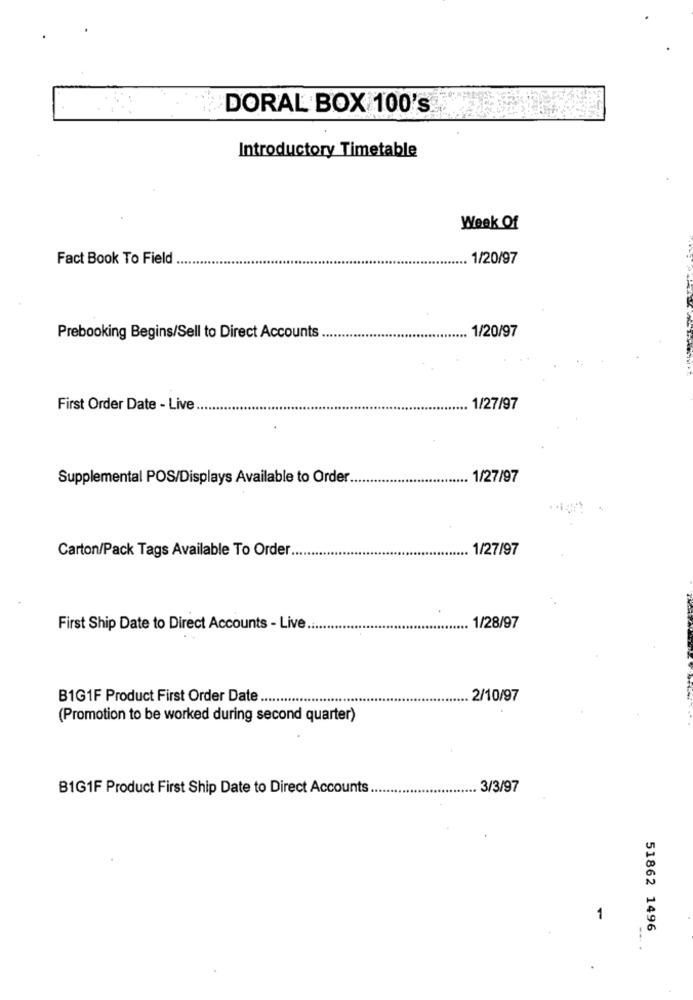
DORAL BOX 100's
Introductory Timetable
Week Of
Fact Book To Field
1/20/97
Prebooking Begins/Sell to Direct Accounts
... 1/20/97
First Order Date - Live
1/27/97
Supplemental POS/Displays Available to Order.
1/27/97
Carton/Pack Tags Available To Order ...
1/27/97
First Ship Date to Direct Accounts - Live ..
1/28/97
B1G1F Product First Order Date
2/10/97
(Promotion to be worked during second quarter)
B1G1F Product First Ship Date to Direct Accounts
. 3/3/97
1
51862 1496
---